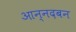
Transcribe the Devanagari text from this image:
आन्नदबन